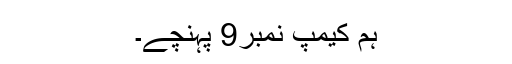
ہم کیمپ نمبر9 پہنچے۔